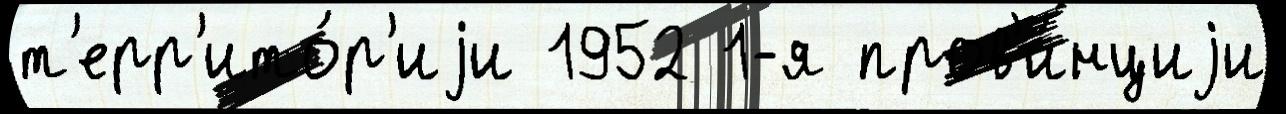
т'ерр'ито́р'иjи 1952 1-я пров'и́нциjи